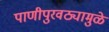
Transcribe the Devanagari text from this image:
पाणीपुरवठ्यामुळे